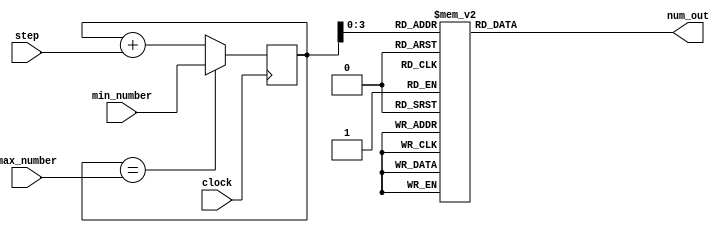
`timescale 1ns / 1ps
//////////////////////////////////////////////////////////////////////////////////
// Design Name: snake
// Module Name: random
// Description: 
// 
//////////////////////////////////////////////////////////////////////////////////


module random(
	input clock,
	input [13:0]max_number,
	input [13:0]min_number,
	input [2:0] step,
	output reg [15:0]num_out
    );

reg [13:0]counter=0;
wire [3:0] out;

assign out = counter;

always@(posedge clock)
begin
    if(counter == max_number)
    begin
        counter <= min_number;
    end
    else
    begin
        counter <= counter +step;
    end
end

always@(*)begin
	case(out)
		4'b0000:num_out = 16'b0000_0000_0000_0001;
		4'b0001:num_out = 16'b0000_0000_0000_0010;
		4'b0010:num_out = 16'b0000_0000_0000_0100;
		4'b0011:num_out = 16'b0000_0000_0000_1000;
		
		4'b0100:num_out = 16'b0000_0000_0001_0000;
		4'b0101:num_out = 16'b0000_0000_0010_0000;
		4'b0110:num_out = 16'b0000_0000_0100_0000;
		4'b0111:num_out = 16'b0000_0000_1000_0000;
		
		4'b1000:num_out = 16'b0000_0001_0000_0000;
		4'b1001:num_out = 16'b0000_0010_0000_0000;
		4'b1010:num_out = 16'b0000_0100_0000_0000;
		4'b1011:num_out = 16'b0000_1000_0000_0000;
		
		4'b1100:num_out = 16'b0001_0000_0000_0000;
		4'b1101:num_out = 16'b0010_0000_0000_0000;
		4'b1110:num_out = 16'b0100_0000_0000_0000;
		4'b1111:num_out = 16'b1000_0000_0000_0000;
		default:num_out = 16'b0000_0000_0000_0000;
	endcase
	end
endmodule